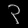
Digit: ၃